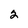
Character: 2